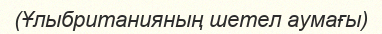
(Ұлыбританияның шетел аумағы)